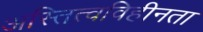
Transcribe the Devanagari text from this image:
अस्तित्वविहीनता